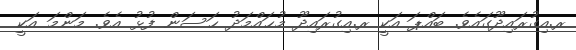
ރ.އިގުރައިދޫގައެވެ. ބައްޕަ އަކީ ރ.އިގުރައިދޫ މުޙައްމަދު ޙަސަން ފުޅު އެވެ. މަންމަ އަކީ